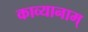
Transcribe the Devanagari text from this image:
काव्यानाम्